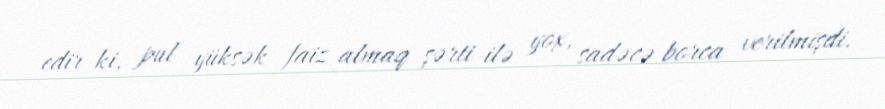
edir ki, pul yüksək faiz almaq şərti ilə yox, sadəcə borca verilmişdi.